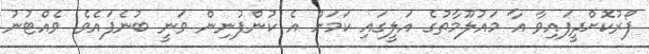
ފޯރުކޮށްދީފައިވާ އާ މައުލޫމާތުގެ އަލީގައި ކަމަށް އެ ކުންފުނިން ވަނީ ބުނެފައެވެ. ވެއްޓުނު